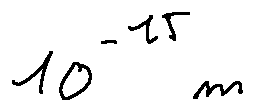
1 0 ^ { - 1 5 } m